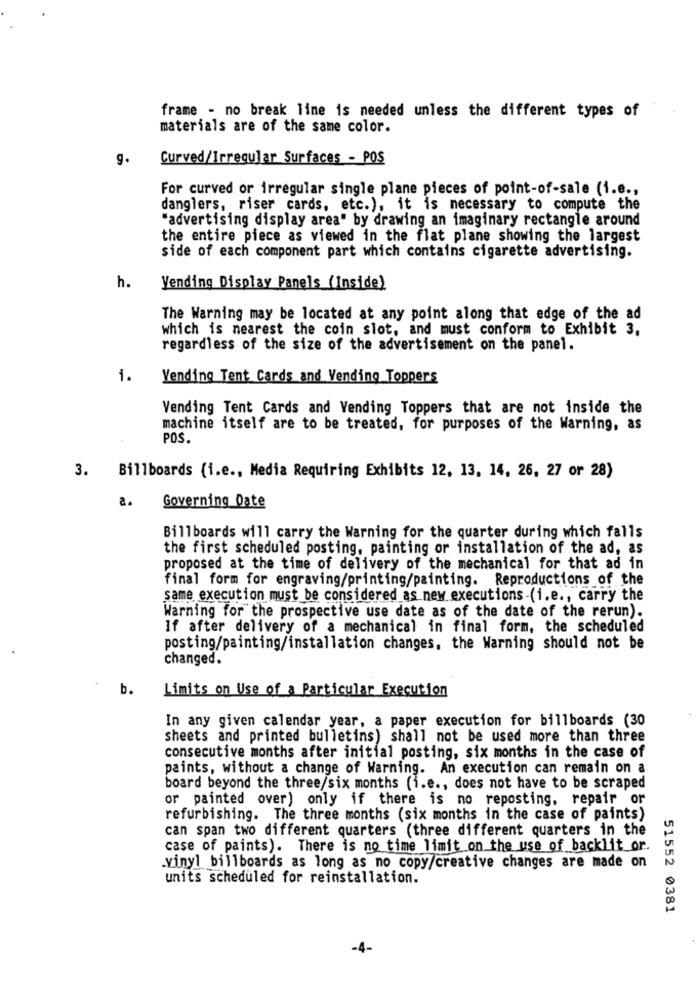
frame - no break line is needed unless the different types of
materials are of the same color.
g.
Curved/Irregular Surfaces - POS
For curved or irregular single plane pieces of point-of-sale (i.e .,
danglers, riser cards, etc.), it is necessary to compute the
"advertising display area" by drawing an imaginary rectangle around
the entire piece as viewed in the flat plane showing the largest
side of each component part which contains cigarette advertising.
h.
Vending Display Panels (Inside)
The Warning may be located at any point along that edge of the ad
which is nearest the coin slot, and must conform to Exhibit 3,
regardless of the size of the advertisement on the panel.
1.
Vending Tent Cards and Vending Toppers
Vending Tent Cards and Vending Toppers that are not inside the
machine itself are to be treated, for purposes of the Warning, as
POS.
3. Billboards (i.e ., Media Requiring Exhibits 12, 13, 14, 26, 27 or 28)
a.
Governing Date
Billboards will carry the Warning for the quarter during which falls
the first scheduled posting, painting or installation of the ad, as
proposed at the time of delivery of the mechanical for that ad in
final form for engraving/printing/painting. Reproductions of the
same execution must be considered as new executions -(i.e ., carry the
Warning for the prospective use date as of the date of the rerun).
If after delivery of a mechanical in final form, the scheduled
posting/painting/installation changes, the Warning should not be
changed.
b.
Limits on Use of a Particular Execution
In any given calendar year, a paper execution for billboards (30
sheets and printed bulletins) shall not be used more than three
consecutive months after initial posting, six months in the case of
paints, without a change of Warning. An execution can remain on a
board beyond the three/six months (i.e ., does not have to be scraped
or painted over) only if there is no reposting, repair or
refurbishing. The three months (six months in the case of paints)
can span two different quarters (three different quarters in the
case of paints). There is no time limit on the use of backlit or.
.vinyl billboards as long as no copy/creative changes are made on
units scheduled for reinstallation.
51552 0381